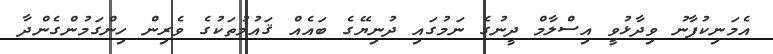
އެމަނިކުފާނު ވިދާޅުވީ އިސްލާމް ދީނުގެ ނަމުގައި ދުނިޔޭގެ ބައެއް ޤައުމުތަކުގެ ވެރިން ހިންގަމުންގެންދާ